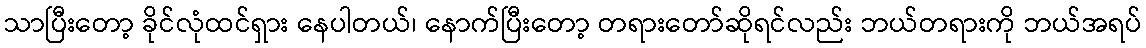
သာပြီးတော့ ခိုင်လုံထင်ရှား နေပါတယ်၊ နောက်ပြီးတော့ တရားတော်ဆိုရင်လည်း ဘယ်တရားကို ဘယ်အရပ်